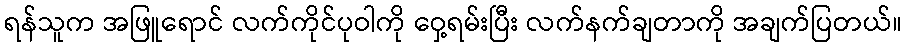
ရန်သူက အဖြူရောင် လက်ကိုင်ပုဝါကို ဝှေ့ရမ်းပြီး လက်နက်ချတာကို အချက်ပြတယ်။